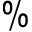
\%